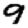
Digit: 9